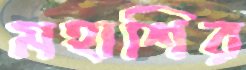
মহাশির